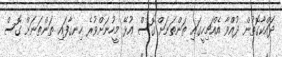
ދައްކާގޮތުން ދުއްވާ އެއްޗިހީގައި ތަންތަނަށް ގޮސް އުޅޭ މީހުނަށްވުރެ ހިނގާފައި ތަންތަނަށް ގޮސް